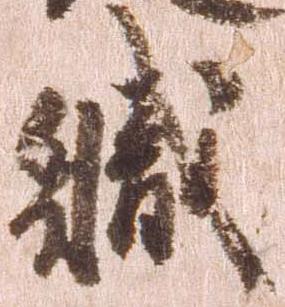
職